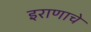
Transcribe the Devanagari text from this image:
इराणाचे